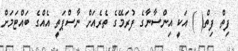
ފިތް ފިތް( ) އަކީ އިންސާނާގެ ފުރަމޭގެ ތެރެއަށް ނާސްޕަތީ އެއްގެ ބައްޓަމަށް